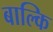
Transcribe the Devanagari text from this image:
बाल्कि